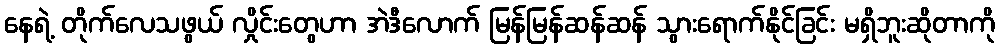
နေရဲ့ တိုက်လေသဖွယ် လှိုင်းတွေဟာ အဲဒီလောက် မြန်မြန်ဆန်ဆန် သွားရောက်နိုင်ခြင်း မရှိဘူးဆိုတာကို